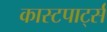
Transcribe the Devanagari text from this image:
कास्टपार्ट्स